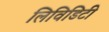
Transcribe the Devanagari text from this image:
लिविडिटी